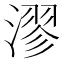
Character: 漻